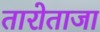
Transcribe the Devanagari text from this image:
तारोताजा